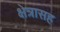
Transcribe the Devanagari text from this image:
क्षेत्रासह